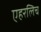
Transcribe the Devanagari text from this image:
एहरलिच